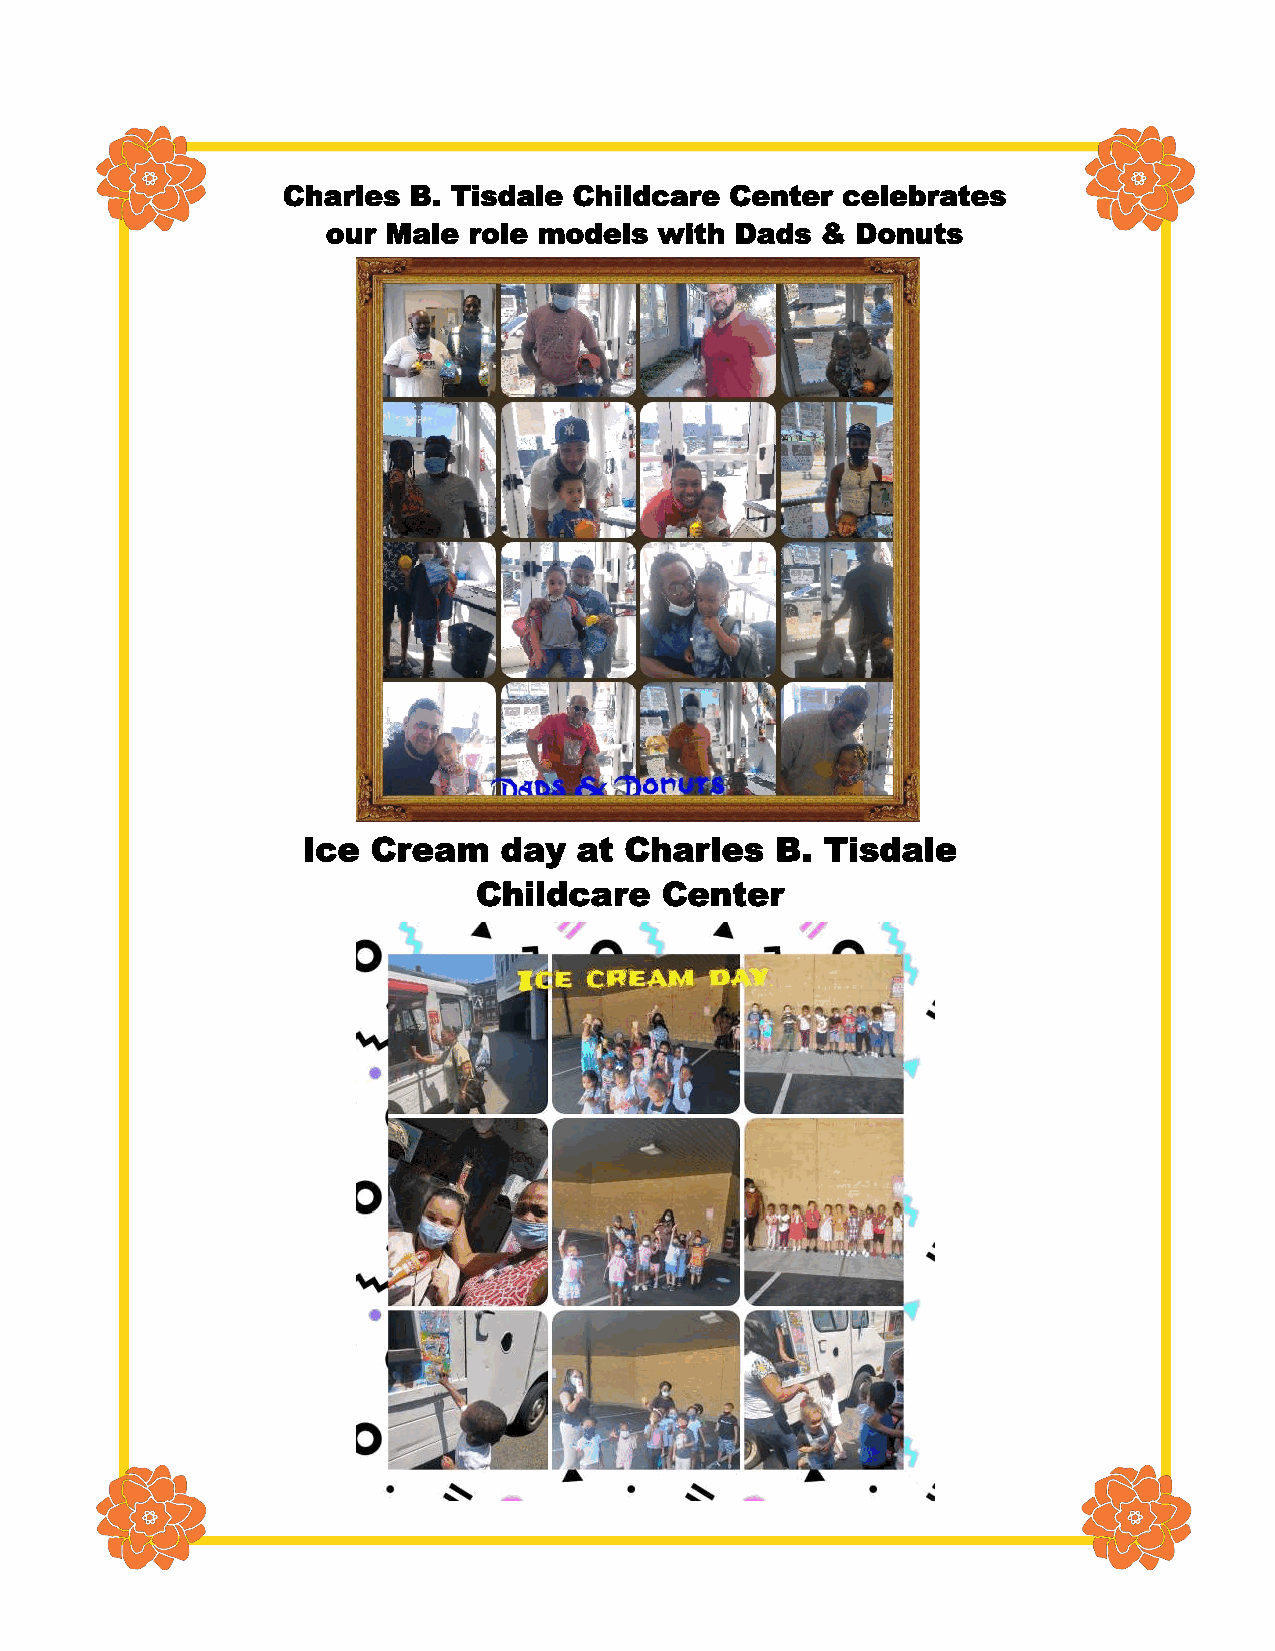
Charles B. Tisdale Childcare Center  celebrates
 our Male role models  with Dads &  Donuts
 Ice  Cream   day  at Charles   B.  Tisdale
 Childcare   Center